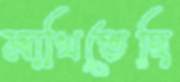
মাখিতেছি